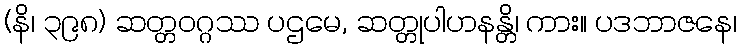
(နိ၊ ၃၉၈) ဆတ္တဝဂ္ဂဿ ပဌမေ, ဆတ္တုပါဟနန္တိ၊ ကား။ ပဒဘာဇနေ၊